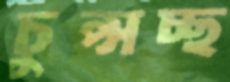
চুপ্‌সচ্ছ